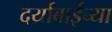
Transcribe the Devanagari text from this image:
दर्याबाईच्या